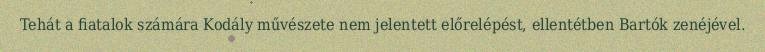
Tehát a fiatalok számára Kodály művészete nem jelentett előrelépést, ellentétben Bartók zenéjével.